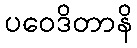
ပဝေဒိတာနိ